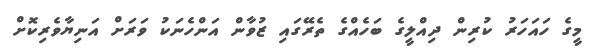
މީގެ ހައަހަރު ކުރިން ދިއްލީގެ ބަހެއްގެ ތެރޭގައި ޒުވާން އަންހެނަކު ވަރަށް އަނިޔާވެރިކޮށް